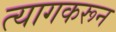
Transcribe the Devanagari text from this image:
त्यागकरून